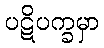
ပဋိပက္ခမှာ